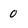
Character: 0